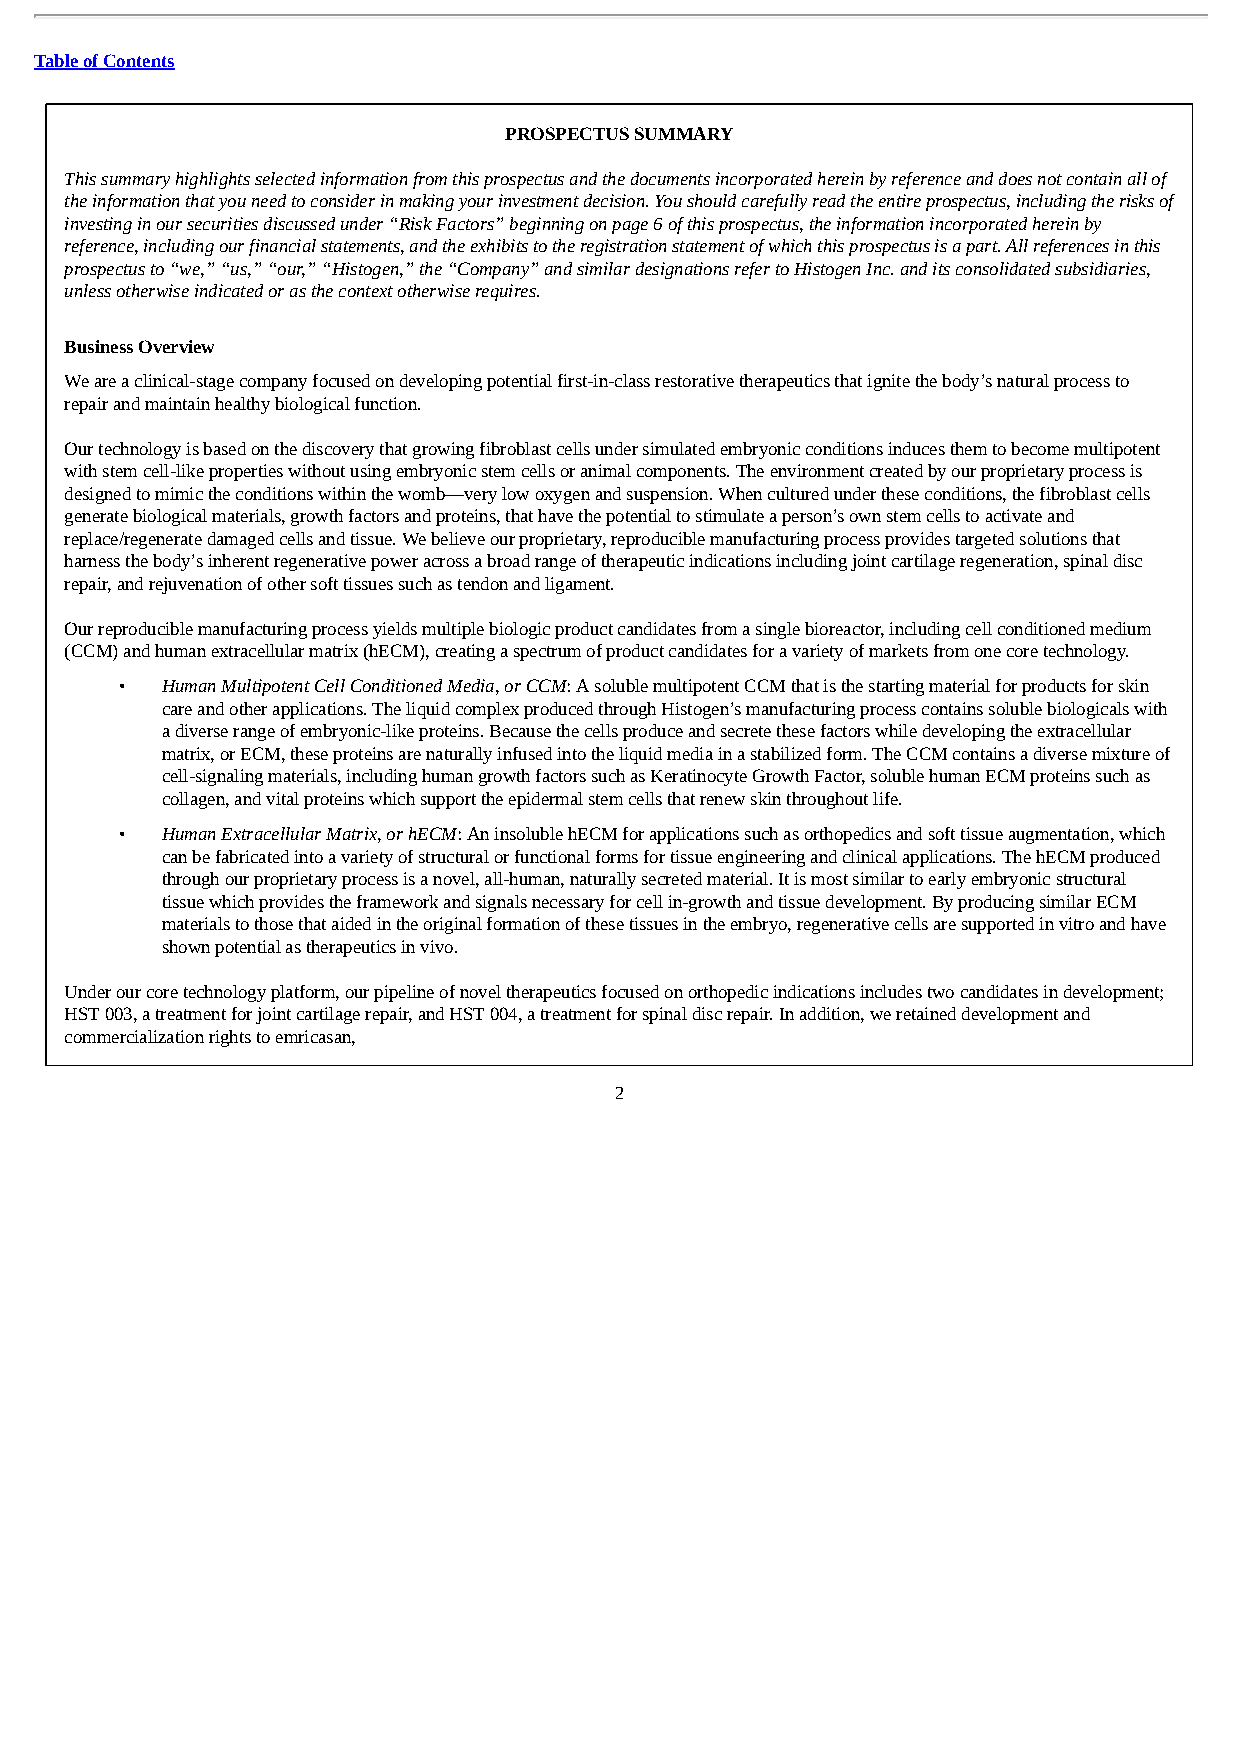
Table of Contents
 PROSPECTUS SUMMARY
 This summary highlights selected information from this prospectus and the documents incorporated herein by reference and does not contain all of
 the information that you need to consider in making your investment decision. You should carefully read the entire prospectus, including the risks of
 investing in our securities discussed under “Risk Factors” beginning on page 6 of this prospectus, the information incorporated herein by
 reference, including our financial statements, and the exhibits to the registration statement of which this prospectus is a part. All references in this
 prospectus to “we,” “us,” “our,” “Histogen,” the “Company” and similar designations refer to Histogen Inc. and its consolidated subsidiaries,
 unless otherwise indicated or as the context otherwise requires.
 Business Overview
 We are a clinical-stage company focused on developing potential first-in-class restorative therapeutics that ignite the body’s natural process to
 repair and maintain healthy biological function.
 Our technology is based on the discovery that growing fibroblast cells under simulated embryonic conditions induces them to become multipotent
 with stem cell-like properties without using embryonic stem cells or animal components. The environment created by our proprietary process is
 designed to mimic the conditions within the womb—very low oxygen and suspension. When cultured under these conditions, the fibroblast cells
 generate biological materials, growth factors and proteins, that have the potential to stimulate a person’s own stem cells to activate and
 replace/regenerate damaged cells and tissue. We believe our proprietary, reproducible manufacturing process provides targeted solutions that
 harness the body’s inherent regenerative power across a broad range of therapeutic indications including joint cartilage regeneration, spinal disc
 repair, and rejuvenation of other soft tissues such as tendon and ligament.
 Our reproducible manufacturing process yields multiple biologic product candidates from a single bioreactor, including cell conditioned medium
 (CCM) and human extracellular matrix (hECM), creating a spectrum of product candidates for a variety of markets from one core technology.
 •  Human Multipotent Cell Conditioned Media, or CCM: A soluble multipotent CCM that is the starting material for products for skin
 care and other applications. The liquid complex produced through Histogen’s manufacturing process contains soluble biologicals with
 a diverse range of embryonic-like proteins. Because the cells produce and secrete these factors while developing the extracellular
 matrix, or ECM, these proteins are naturally infused into the liquid media in a stabilized form. The CCM contains a diverse mixture of
 cell-signaling materials, including human growth factors such as Keratinocyte Growth Factor, soluble human ECM proteins such as
 collagen, and vital proteins which support the epidermal stem cells that renew skin throughout life.
 •  Human Extracellular Matrix, or hECM: An insoluble hECM for applications such as orthopedics and soft tissue augmentation, which
 can be fabricated into a variety of structural or functional forms for tissue engineering and clinical applications. The hECM produced
 through our proprietary process is a novel, all-human, naturally secreted material. It is most similar to early embryonic structural
 tissue which provides the framework and signals necessary for cell in-growth and tissue development. By producing similar ECM
 materials to those that aided in the original formation of these tissues in the embryo, regenerative cells are supported in vitro and have
 shown potential as therapeutics in vivo.
 Under our core technology platform, our pipeline of novel therapeutics focused on orthopedic indications includes two candidates in development;
 HST 003, a treatment for joint cartilage repair, and HST 004, a treatment for spinal disc repair. In addition, we retained development and
 commercialization rights to emricasan,
 2